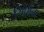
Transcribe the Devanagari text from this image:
सिधाना